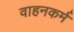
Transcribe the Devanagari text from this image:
वाहनकर्म